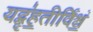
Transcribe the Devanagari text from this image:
यद्बृ॑ह॒तीर्विश्वं॒